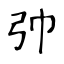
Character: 𢎭